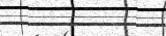
٥١